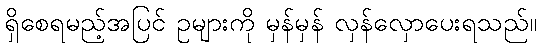
ရှိစေရမည့်အပြင် ဥများကို မှန်မှန် လှန်လှောပေးရသည်။